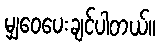
မျှဝေပေးချင်ပါတယ်။